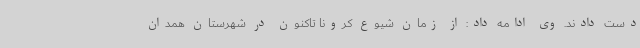
دست دادند. وی ادامه داد: از زمان شیوع کرونا تاکنون در شهرستان همدان